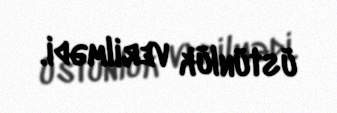
üstünlük verilmədi.